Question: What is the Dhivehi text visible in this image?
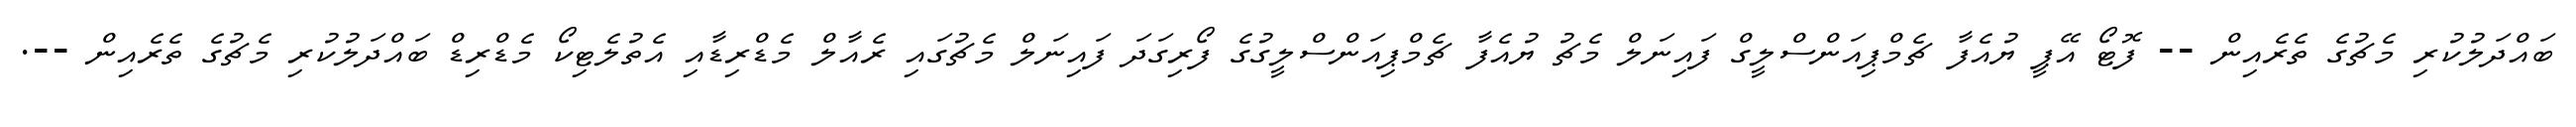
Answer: ބައްދަލުކުރި މެޗުގެ ތެރެއިން -- ފޮޓޯ އޭޕީ ޔުއެފާ ޗެމްޕިއަންސްލީގް ފައިނަލް މެޗު ޔުއެފާ ޗެމްޕިއަންސްލީގުގެ ފޯރިގަދަ ފައިނަލް މެޗުގައި ރެއާލް މެޑްރިޑާއި އެތުލެޓިކޯ މެޑްރިޑް ބައްދަލުކުރި މެޗުގެ ތެރެއިން --.